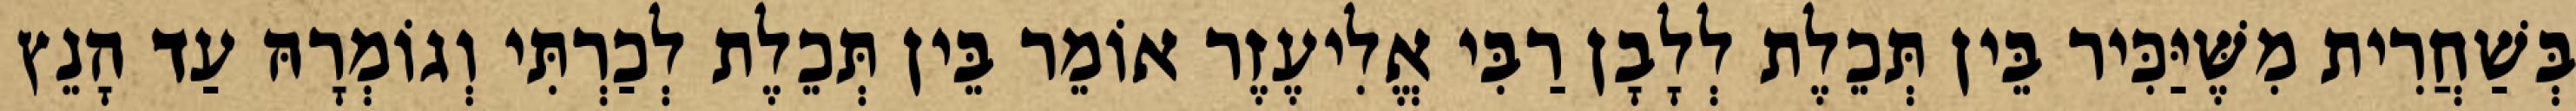
בְּשַׁחֲרִית מִשֶּׁיַּכִּיר בֵּין תְּכֵלֶת לְלָבָן רַבִּי אֱלִיעֶזֶר אוֹמֵר בֵּין תְּכֵלֶת לְכַרְתִּי וְגוֹמְרָהּ עַד הָנֵץ